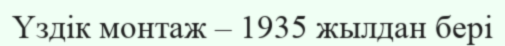
Үздік монтаж – 1935 жылдан бері